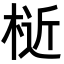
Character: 𣔅